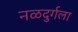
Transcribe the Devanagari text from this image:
नळदुर्गला